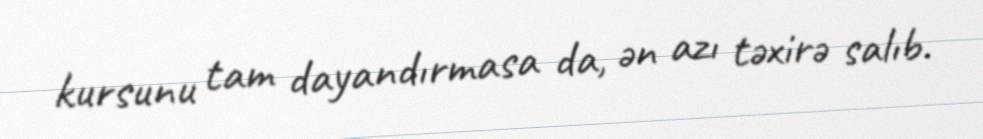
kursunu tam dayandırmasa da, ən azı təxirə salıb.